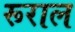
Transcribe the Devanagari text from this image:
रूराल